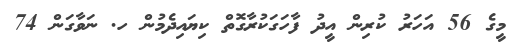
މީގެ 56 އަހަރު ކުރިން އީދު ފާހަގަކުރާގޮތް ކިޔައިދެމުން ހ. ނަވާގަން 74